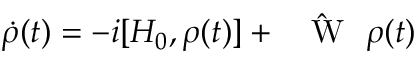
\dot { \rho } ( t ) = - i [ H _ { 0 } , \rho ( t ) ] + \hat { \mathrm { ~ { ~ \cal ~ W ~ } ~ } } \rho ( t )